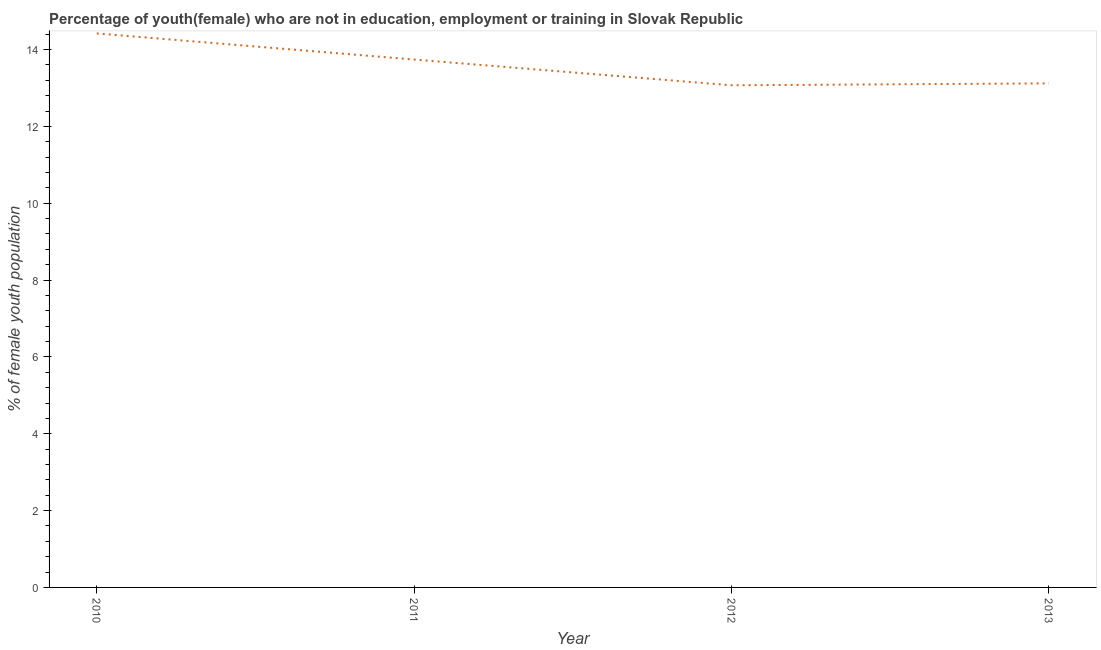
| Year | Unemployed(female) |
 | --- | --- |
 | 2010 | 14.4 |
 | 2011 | 13.7 |
 | 2012 | 13.1 |
 | 2013 | 13.1 |